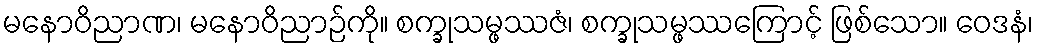
မနောဝိညာဏ၊ မနောဝိညာဉ်ကို။ စက္ခုသမ္ဖဿဇံ၊ စက္ခုသမ္ဖဿကြောင့် ဖြစ်သော။ ဝေဒနံ၊